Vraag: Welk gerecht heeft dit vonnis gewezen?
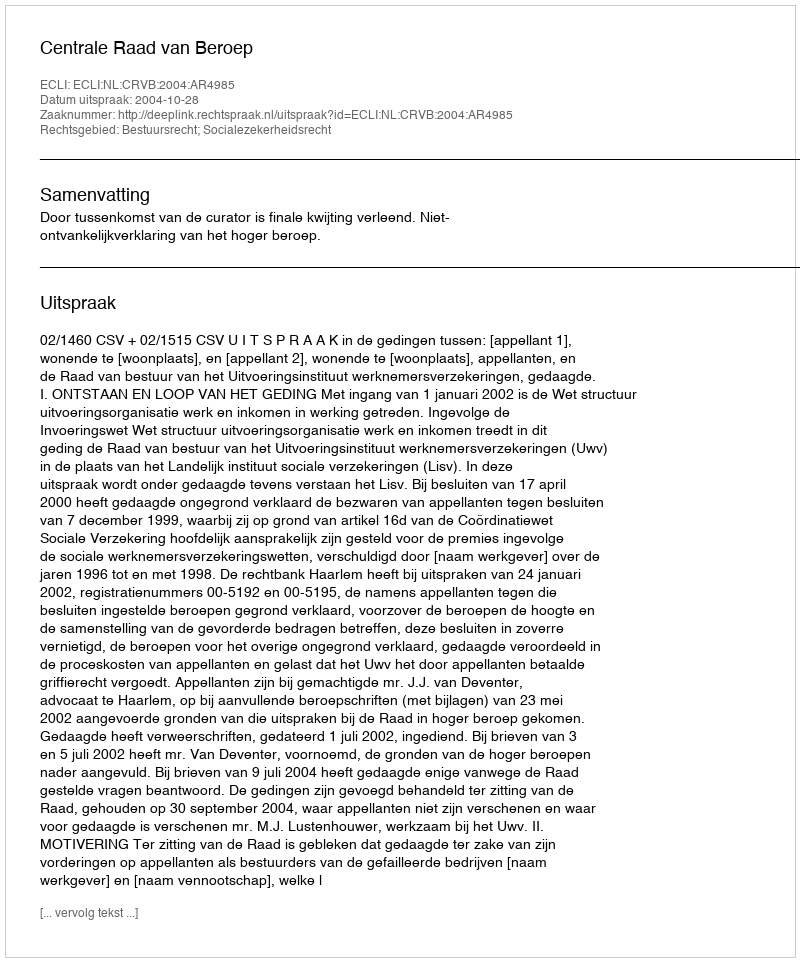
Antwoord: Centrale Raad van Beroep